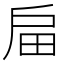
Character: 㧂